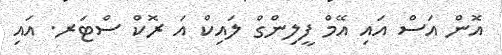
އޮން އަސް އައި އޭމް ފީލިންގް ލައިކް އަ ރޮކް ސްޓަރ. އައި